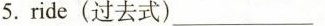
5.ride(过去式)___